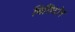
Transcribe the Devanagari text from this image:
बिलिटॉन